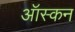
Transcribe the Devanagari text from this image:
ऑस्कन